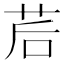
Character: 茩